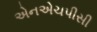
એનએચપીસી